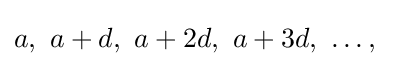
a,\ a+d,\ a+2d,\ a+3d,\ \dots ,\